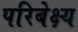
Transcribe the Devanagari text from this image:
परिबेक्ष्य